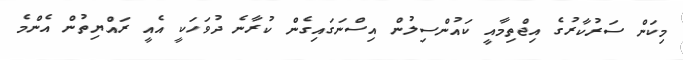
މިކަން ސަރުކާރުގެ އިޖްތިމާއީ ކައުންސިލުން އިސްނަގައިގެން ކުރާނެ ދުވަަހަކީ އެއީ ރައްޔިތުން އެންމެ